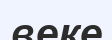
веке